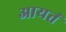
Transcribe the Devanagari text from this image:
आयतं